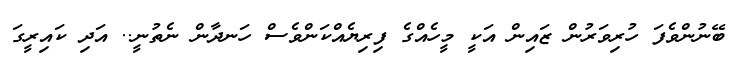
ބޭނުންވެފަ ހުރިވަރުން ޒައިން އަކީ މީހެއްގެ ފިރިޔެއްކަންވެސް ހަނދާން ނެތުނީ.. އަދި ކައިރީގަ